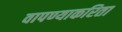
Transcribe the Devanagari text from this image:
वापण्‍याकरिता